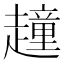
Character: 𧽿